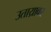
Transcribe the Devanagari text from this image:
उताय्रावर